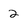
Character: 2